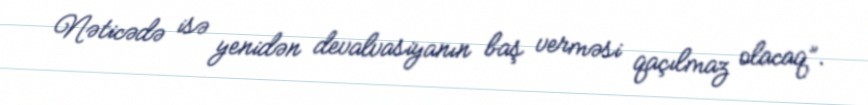
Nəticədə isə yenidən devalvasiyanın baş verməsi qaçılmaz olacaq”.